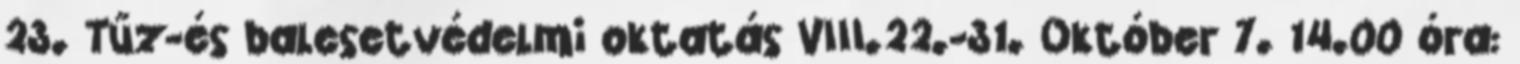
23. Tűz-és balesetvédelmi oktatás VIII.22.-31. Október 7. 14.00 óra: